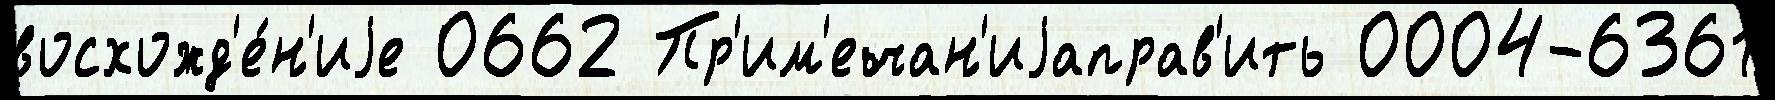
восхожд'е́н'иjе 0662 Пр'им'ечан'иjаправ'ить 0004-6361